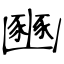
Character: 豳